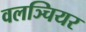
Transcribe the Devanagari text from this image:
वलञ्चियर